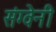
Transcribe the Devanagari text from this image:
संग्वेनी